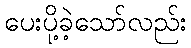
ပေးပို့ခဲ့သော်လည်း